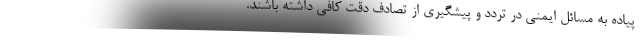
پیاده به مسائل ایمنی در تردد و پیشگیری از تصادف دقت کافی داشته باشند.